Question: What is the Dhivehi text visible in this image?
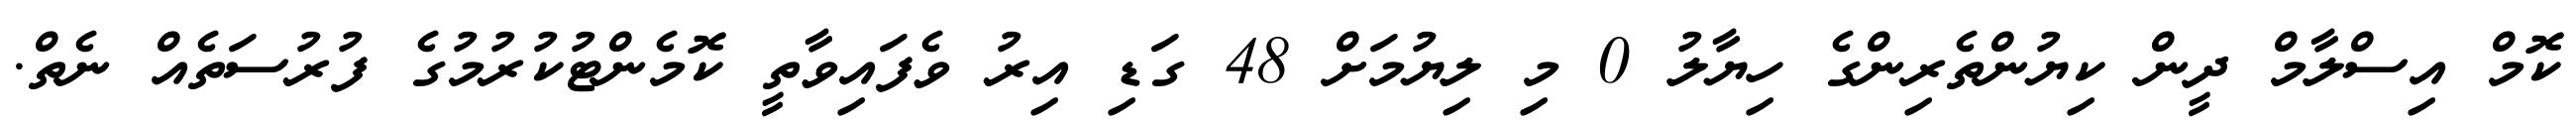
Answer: ކޮމް އިސްލާމް ދީން ކިޔުންތެރިންގެ ހިޔާލު 0 މި ލިޔުމަށް 48 ގަޑި އިރު ވެފައިވާތީ ކޮމެންޓުކުރުމުގެ ފުރުސަތެއް ނެތް.